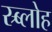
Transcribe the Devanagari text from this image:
स्र्ब्लोह